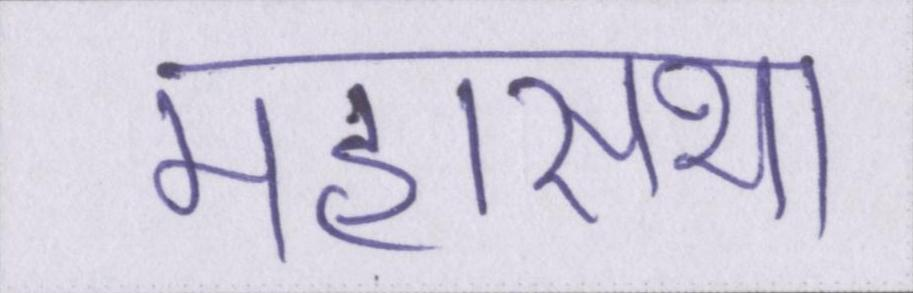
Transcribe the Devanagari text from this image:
महासभा